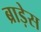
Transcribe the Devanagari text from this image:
ब्राड़ेस